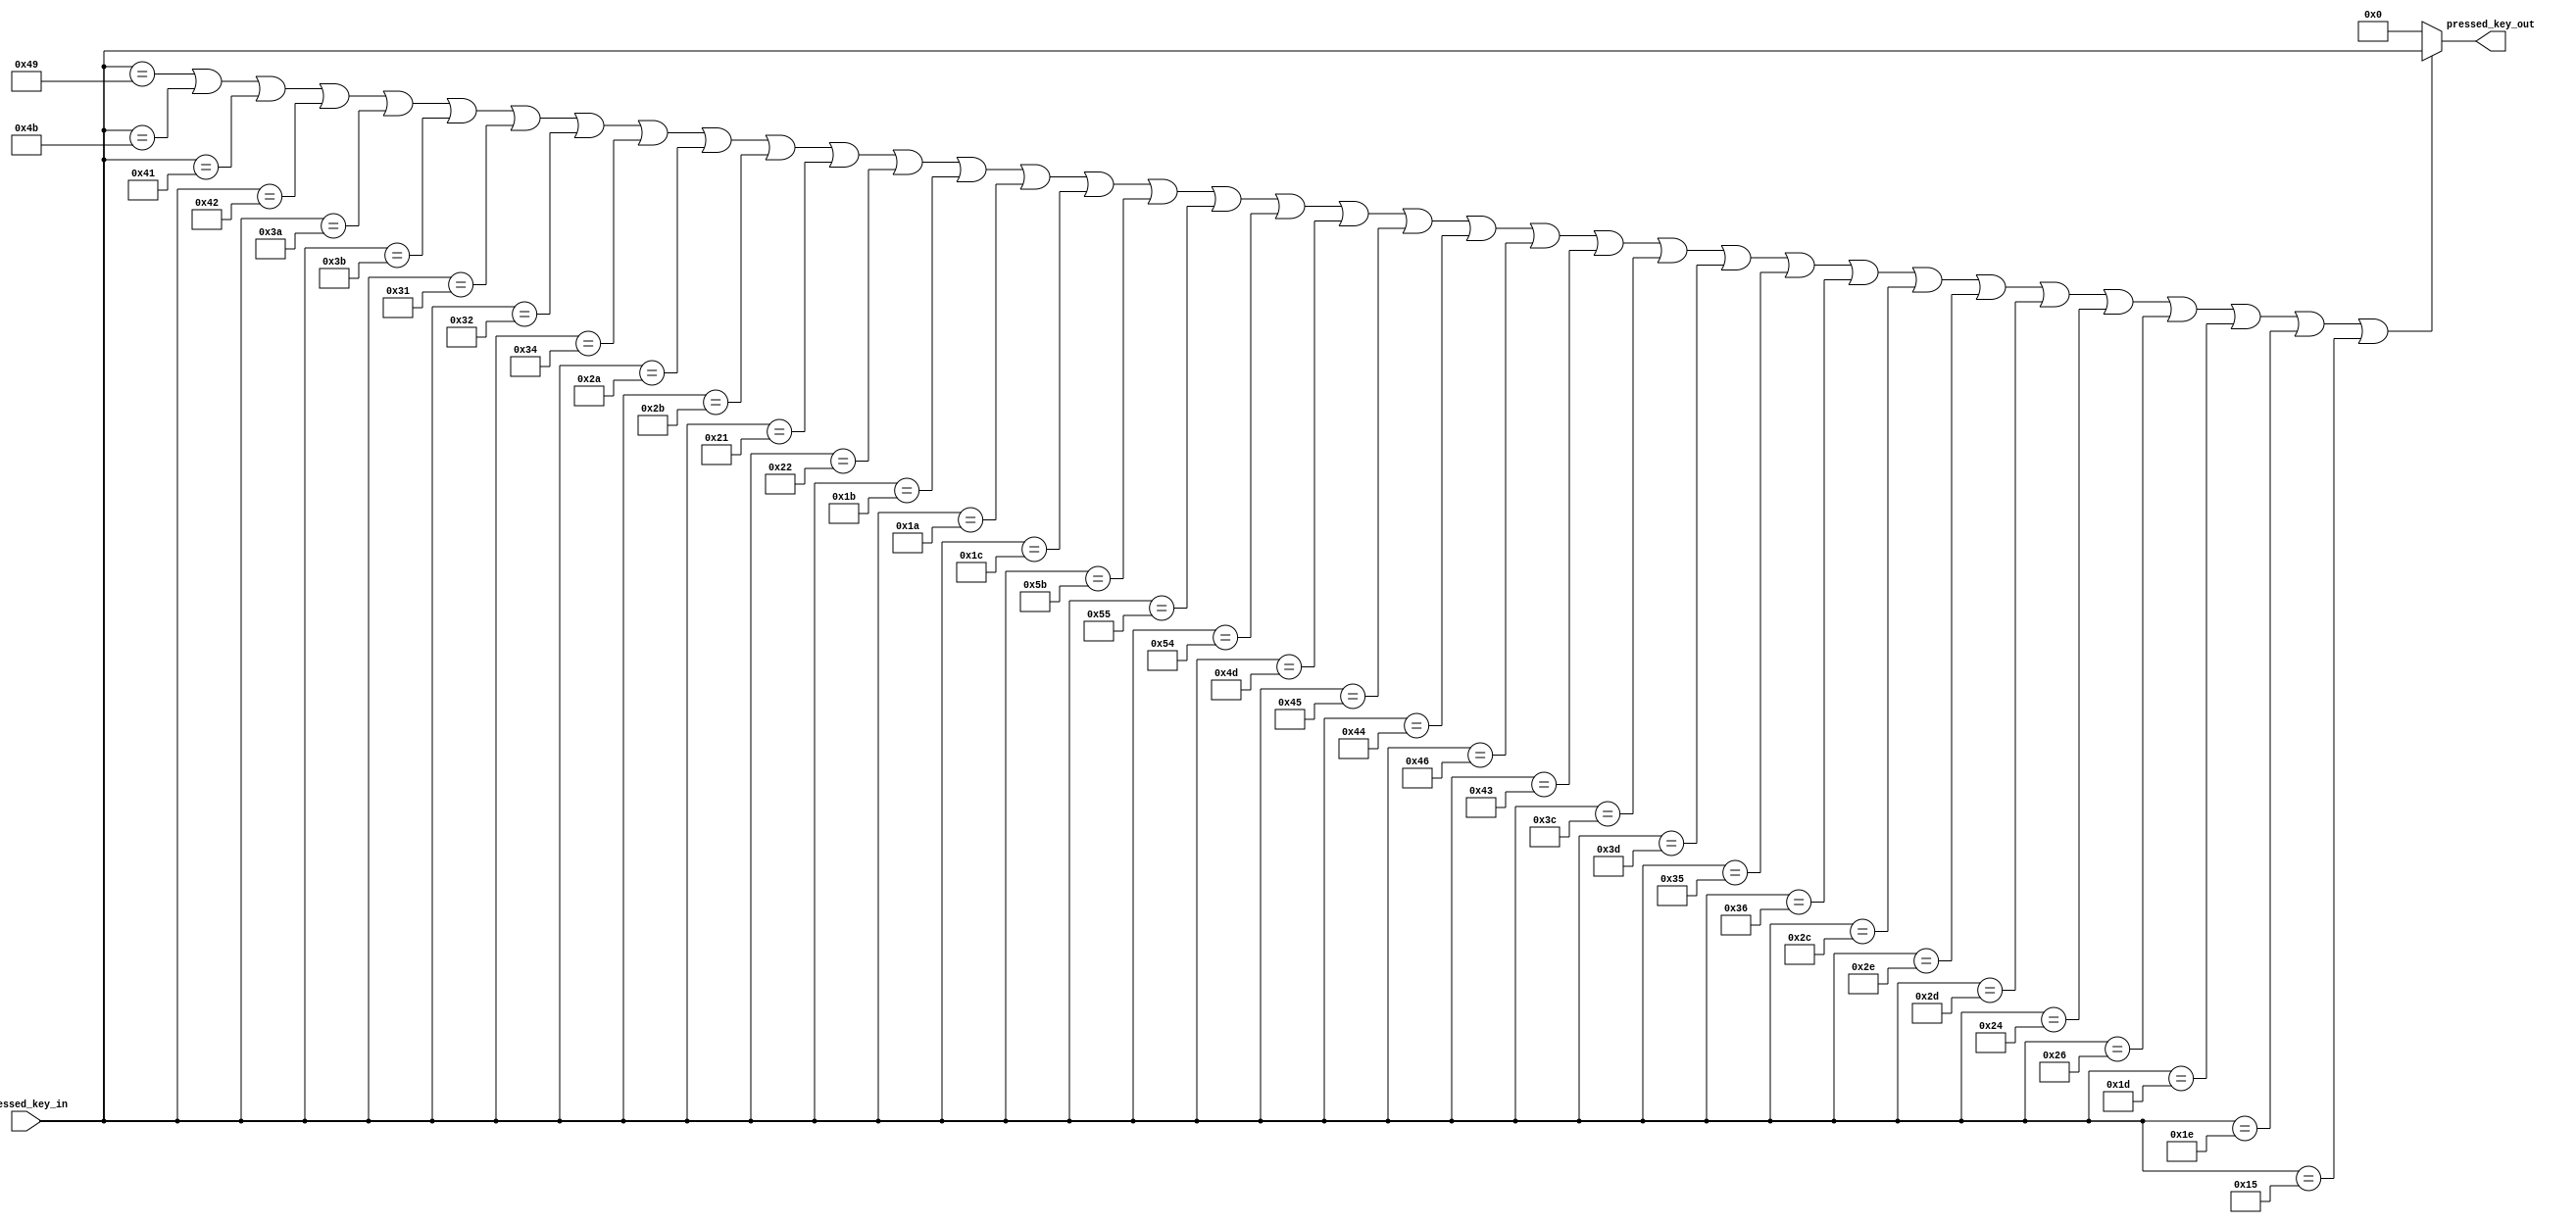
module valid_key_LUT (input [7:0] pressed_key_in, output reg [7:0] pressed_key_out);
	always @(*) begin
		if (
		pressed_key_in == 8'h49 ||
		pressed_key_in == 8'h4B ||
		pressed_key_in == 8'h41 ||
		pressed_key_in == 8'h42 ||
		pressed_key_in == 8'h3A ||
		pressed_key_in == 8'h3B ||
		pressed_key_in == 8'h31 ||
		pressed_key_in == 8'h32 ||
		pressed_key_in == 8'h34 ||
		pressed_key_in == 8'h2A ||
		pressed_key_in == 8'h2B ||
		pressed_key_in == 8'h21 ||
		pressed_key_in == 8'h22 ||
		pressed_key_in == 8'h1B ||
		pressed_key_in == 8'h1A ||
		pressed_key_in == 8'h1C ||
		pressed_key_in == 8'h5B ||
		pressed_key_in == 8'h55 ||
		pressed_key_in == 8'h54 ||
		pressed_key_in == 8'h4D ||
		pressed_key_in == 8'h45 ||
		pressed_key_in == 8'h44 ||
		pressed_key_in == 8'h46 ||
		pressed_key_in == 8'h43 ||
		pressed_key_in == 8'h3C ||
		pressed_key_in == 8'h3D ||
		pressed_key_in == 8'h35 ||
		pressed_key_in == 8'h36 ||
		pressed_key_in == 8'h2C ||
		pressed_key_in == 8'h2E ||
		pressed_key_in == 8'h2D ||
		pressed_key_in == 8'h24 ||
		pressed_key_in == 8'h26 ||
		pressed_key_in == 8'h1D ||
		pressed_key_in == 8'h1E ||
		pressed_key_in == 8'h15 
		)
			pressed_key_out <= pressed_key_in;
		else
			pressed_key_out <= 8'h0;
	end
endmodule